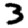
Digit: 3